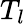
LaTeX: T_{l}